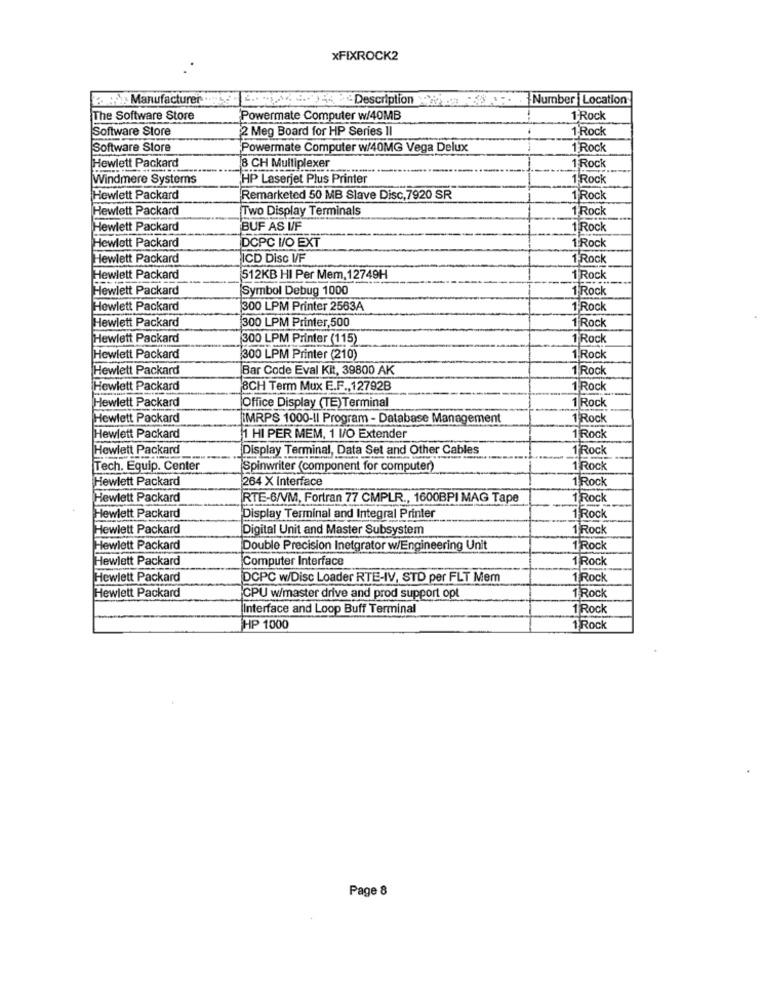
xFIXROCK2
Manufacturer
044 - Description : Number Location
The Software Store
Powermate Computer w/40MB
1 Rock
Software Store
2 Meg Board for HP Series II
1 Rock
Software Store
Powermate Computer w/40MG Vega Delux
1Rock
Hewlett Packard
8 CH Multiplexer
1 Rock
Windmere Systems
HP Laserjet Plus Printer
1 Rock
Hewlett Packard
Remarketed 50 MB Slave Disc, 7920 SR
1 Rock
Hewlett Packard
Two Display Terminals
1 Rock
Hewlett Packard
BUF AS V/F
1 Rock
DCPC V/O EXT
Hewlett Packard
1 Rock
Hewlett Packard
ICD Disc VF
1'Rock
Hewlett Packard
512KB HI Per Mem, 12749H
1 Rock
Hewlett Packard
Symbol Debug 1000
1 Rock
Hewlett Packard
300 LPM Printer 2563A
1 Rock
300 LPM Printer,500
Hewlett Packard
1 Rock
Hewlett Packard
300 LPM Printer (115)
1 Rock
Hewlett Packard
300 LPM Printer (210)
1 Rock
Hewlett Packard
Bar Code Eval Kit, 39800 AK
1 Rock
Hewlett Packard
8CH Term Mux E.F ., 12792B
1 Rock
1 Rock
Hewlett Packard
Office Display (TE)Terminal
Hewlett Packard
IMRPS 1000-Il Program - Database Management
1 Rock
Hewlett Packard
1 HI PER MEM, 1 I/O Extender
1 Rock
Hewlett Packard
Display Terminal, Data Set and Other Cables
1 Rock
Tech. Equip. Center
Spinwriter (component for computer)
1 Rock
Hewlett Packard
264 X interface
1 Rock
Hewlett Packard
RTE-6/VM, Fortran 77 CMPLR ., 1600BPI MAG Tape
1 Rock
Hewlett Packard
Display Terminal and Integral Printer
1 Rock
Hewlett Packard
Digital Unit and Master Subsystem
1 Rock
Hewlett Packard
Double Precision Inetgrator w/Engineering Unit
1'Rock
Hewlett Packard
Computer Interface
1 Rock
Hewlett Packard
DCPC w/Disc Loader RTE-IV, STD per FLT Mem
1 Rock
Hewlett Packard
CPU w/master drive and prod support opt
1 Rock
Interface and Loop Buff Terminal
1 Rock
HP 1000
1 Rock
Page 8